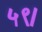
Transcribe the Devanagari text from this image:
५९।